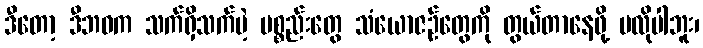
ဒီတော့ ဒီဘဝက သက်ရှိသက်မဲ့ ပစ္စည်းတွေ သံယောဇဉ်တွေကို တွယ်တာနေဖို့ မလိုပါဘူး၊